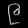
Digit: ၉